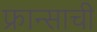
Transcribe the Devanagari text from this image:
फ्रान्साची